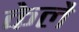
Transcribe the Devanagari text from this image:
केलै